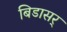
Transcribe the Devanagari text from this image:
बिडासर्